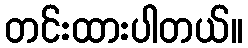
တင်းထားပါတယ်။